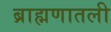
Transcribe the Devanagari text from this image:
ब्राह्मणातली